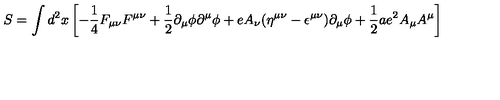
S = \int d ^ { 2 } x \left[ - { \frac { 1 } { 4 } } F _ { \mu \nu } F ^ { \mu \nu } + { \frac { 1 } { 2 } } \partial _ { \mu } \phi \partial ^ { \mu } \phi + e A _ { \nu } ( \eta ^ { \mu \nu } - \epsilon ^ { \mu \nu } ) \partial _ { \mu } \phi + { \frac { 1 } { 2 } } a e ^ { 2 } A _ { \mu } A ^ { \mu } \right]